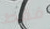
فقط